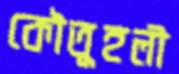
কৌতূহলী